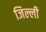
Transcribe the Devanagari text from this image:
जिल्ली